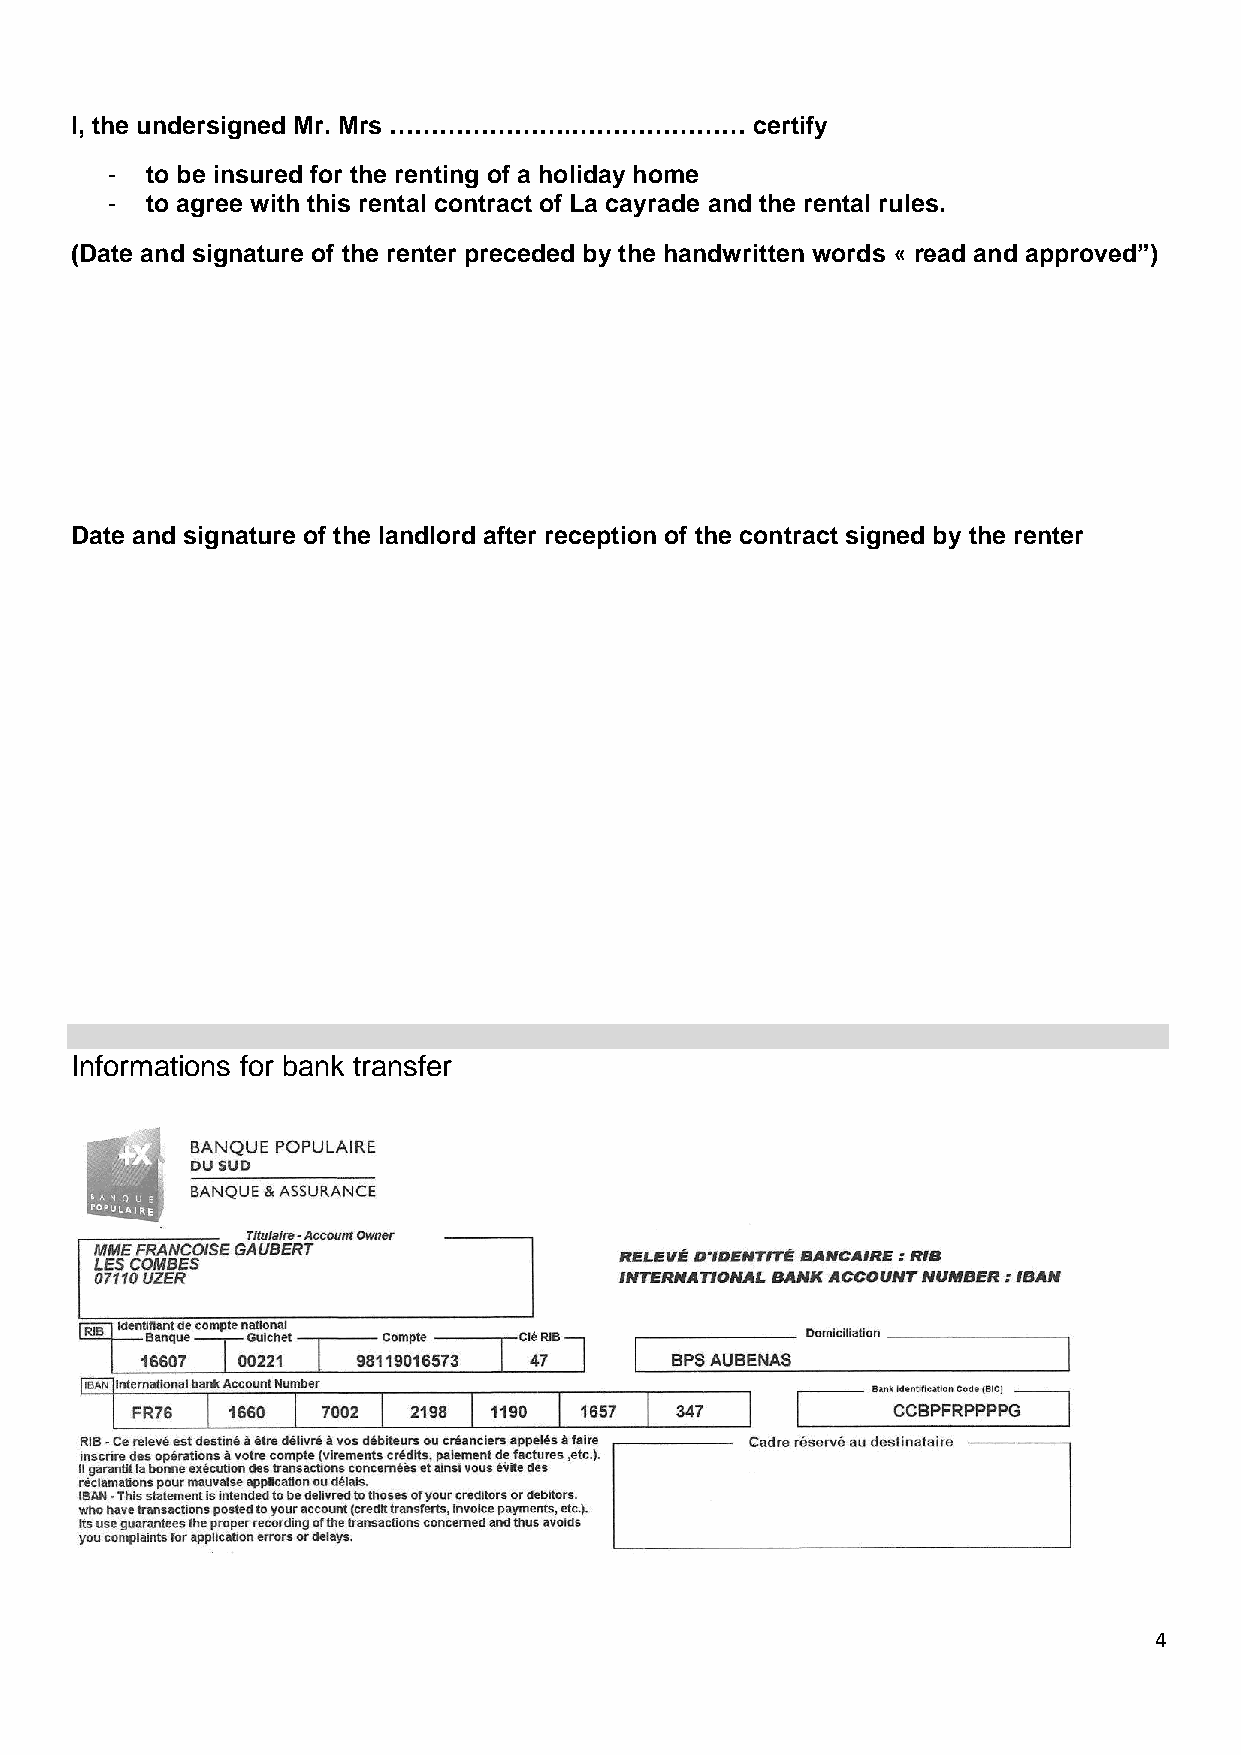
I, the undersigned Mr. Mrs ………………….…………………   certify
 -  to be insured for the renting of a holiday home
 -  to agree with this rental contract of La cayrade and the rental rules.
 (Date and signature of the renter preceded by the handwritten words « read and approved”)
 Date and signature of the landlord after reception of the contract signed by the renter
 Informations for bank transfer
 4